Scottish Leaving Certificate Examination, 1951
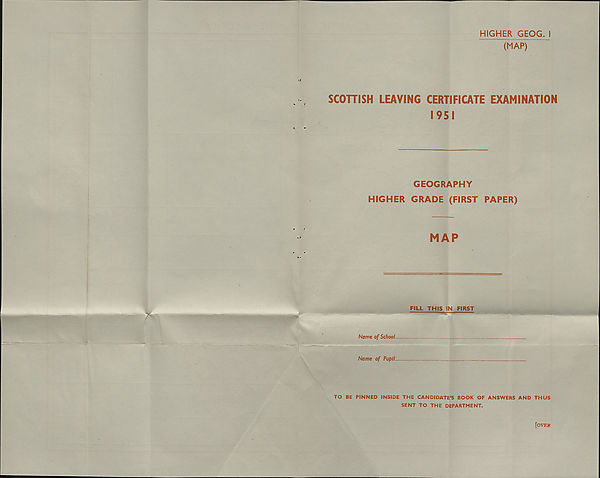
o
••
*
HIGHER GEOG. I
(MAP)
SCOHISH LEAVING CERTIFICATE EXAMINATION
1951
GEOGRAPHY
HIGHER GRADE (FIRST PAPER)
MAP
FILL THIS IN FIRST
Name of School.
Name of Pupil.
TO BE PINNED INSIDE THE CANDIDATE’S BOOK OF ANSWERS AND THUS
SENT TO THE DEPARTMENT.
’
[OVER